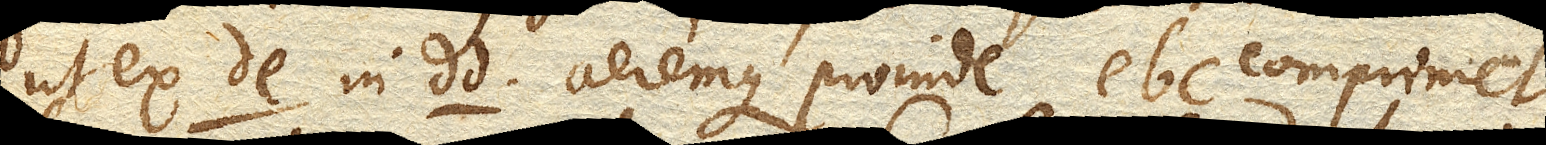
ut ex de. in dd. aeremque proinde ebc. comprimet